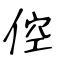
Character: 倥